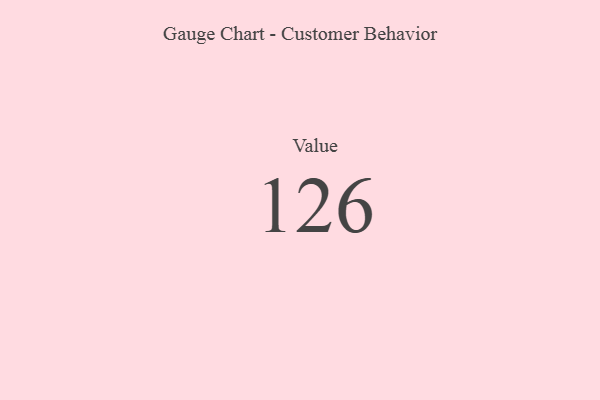
{"axis": {"x": "Metric", "y": "Value"}, "legend": [""], "data": [{"x": "Value", "y": 126, "type": ""}]}